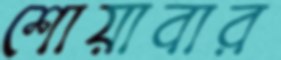
শোয়াবার